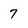
Character: 7